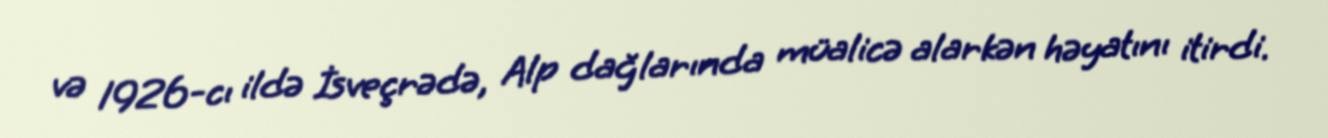
və 1926-cı ildə İsveçrədə, Alp dağlarında müalicə alarkən həyatını itirdi.